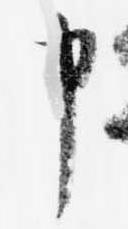
申